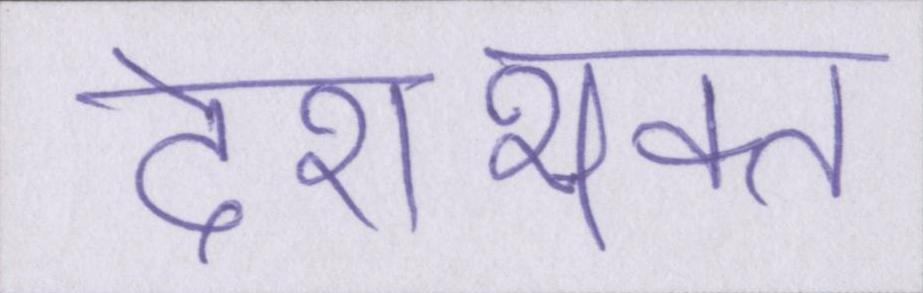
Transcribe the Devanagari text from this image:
देशभक्त